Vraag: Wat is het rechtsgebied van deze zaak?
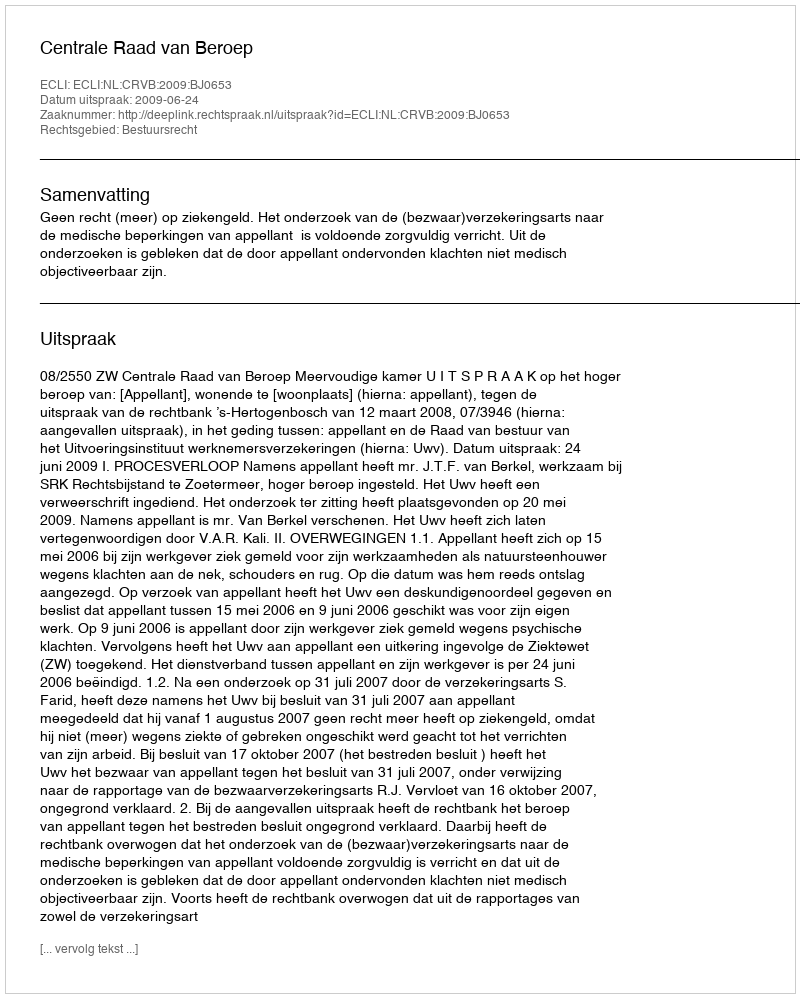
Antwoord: Bestuursrecht